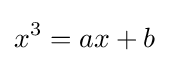
x^{3}=ax+b